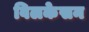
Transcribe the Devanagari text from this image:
विलकेसन